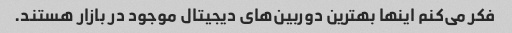
فکر می‌کنم اینها بهترین دوربین‌های دیجیتال موجود در بازار هستند.